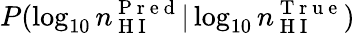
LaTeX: P(\log_{10}n_{\mathrm{~H~I~}}^{\mathrm{~P~r~e~d~}}|\log_{10}n_{\mathrm{~H~I~}}^{\mathrm{~T~r~u~e~}})